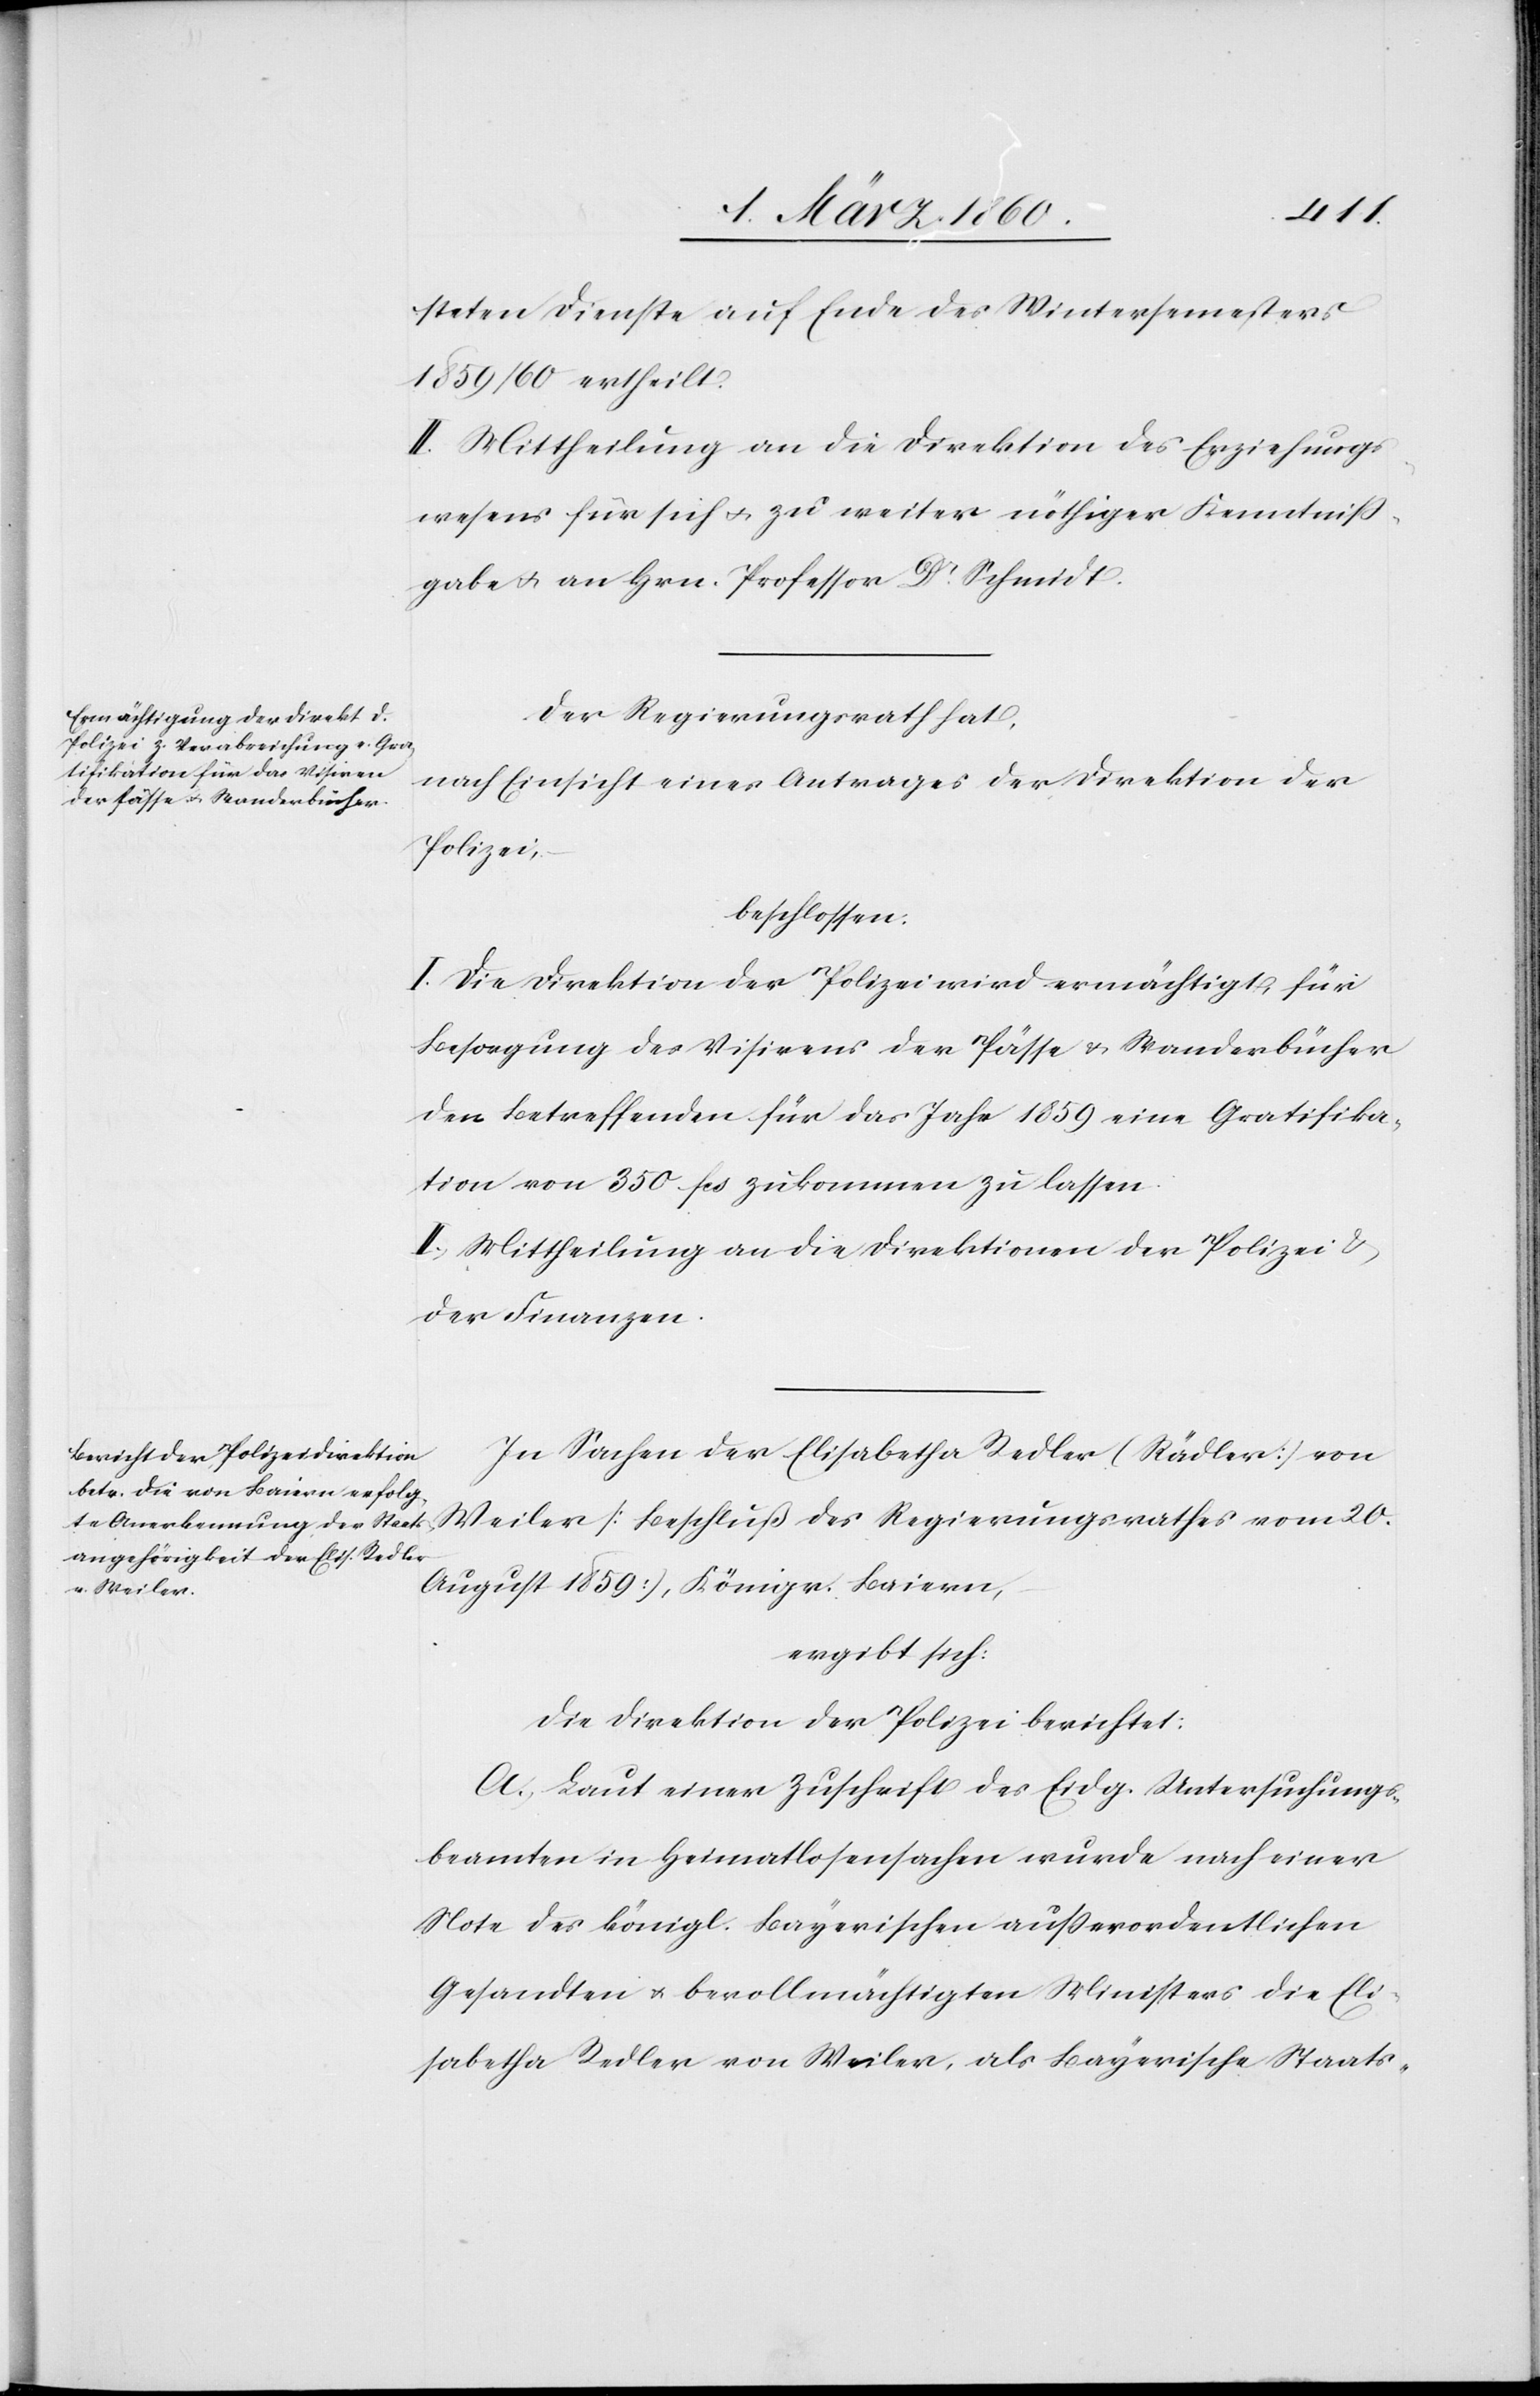
steten Dienste auf Ende des Wintersemesters
1859/60 ertheilt.
II. Mittheilung an die Direktion des Erziehungs¬
wesens für sich u. zu weiter nöthiger Kenntniß¬
gabe u. an Hrn. Professor Dr Schmidt.
Der Regierungsrath hat,
nach Einsicht eines Antrages der Direktion der
Polizei,
beschlossen:
I. Der Direktion der Polizei wird ermächtigt, für
Besorgung des Visirens der Pässe u. Standesbücher
den Betreffenden für das Jahr 1859 eine Gratifika¬
tion von 350 fcs. zukommen zu lassen.
II. Mittheilung an die Direktionen der Polizei u.
der Finanzen.
In Sachen der Elisabetha Redler [Rädler] von
Meilen [Beschluß des Regierungsrathes vom 20.
August 1859], Königr. Baiern,
ergibt sicht:
Die Direktion der Polizei berichtet:
A. Laut einer Zuschrift des Eidg. Untersuchungs¬
beamten in Heimatlosensachen wurde nach einer
Note des königl. Bayerischen ausserordentlichen
Gesandten u. bevollmächtigten Ministers die Eli¬
sabetha Redler von Meilen, als Bayerische Staats-